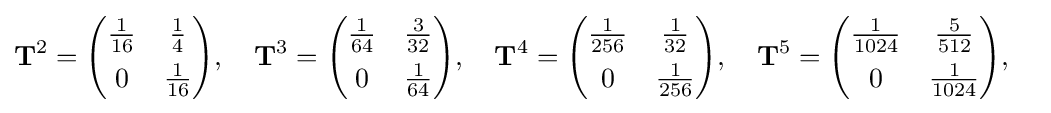
{\begin{aligned}&\mathbf {T} ^{2}={\begin{pmatrix}{\frac {1}{16}}&{\frac {1}{4}}\\[4pt]0&{\frac {1}{16}}\end{pmatrix}},\quad \mathbf {T} ^{3}={\begin{pmatrix}{\frac {1}{64}}&{\frac {3}{32}}\\[4pt]0&{\frac {1}{64}}\end{pmatrix}},\quad \mathbf {T} ^{4}={\begin{pmatrix}{\frac {1}{256}}&{\frac {1}{32}}\\[4pt]0&{\frac {1}{256}}\end{pmatrix}},\quad \mathbf {T} ^{5}={\begin{pmatrix}{\frac {1}{1024}}&{\frac {5}{512}}\\[4pt]0&{\frac {1}{1024}}\end{pmatrix}},\end{aligned}}